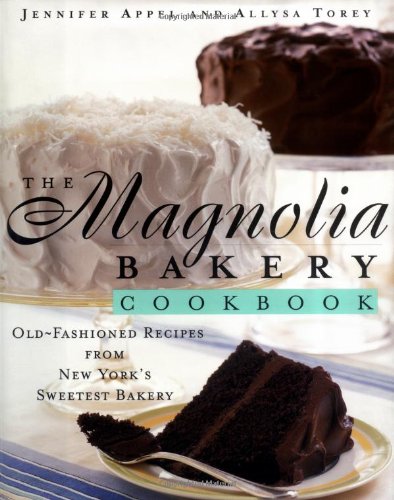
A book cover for The Magnolia Bakery Cookbook: Old-Fashioned Recipes From New York's Sweetest Bakery; Jennifer Appel; Cookbooks, Food & Wine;